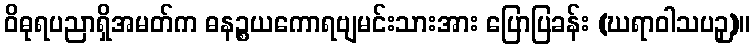
ဝိဓုရပညာရှိအမတ်က ဓနဉ္စယကောရဗျမင်းသားအား ပြောပြခန်း (ဃရာဝါသပဉှ)။